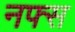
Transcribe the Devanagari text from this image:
नफ्स